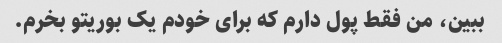
ببین، من فقط پول دارم که برای خودم یک بوریتو بخرم.